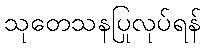
သုတေသနပြုလုပ်ရန်